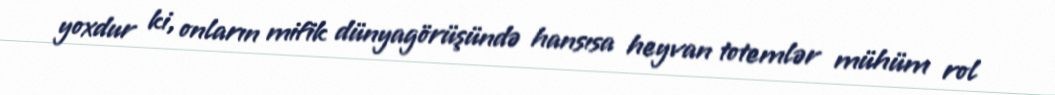
yoxdur ki, onların mifik dünyagörüşündə hansısa heyvan totemlər mühüm rol